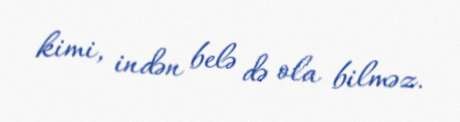
kimi, indən belə də ola bilməz.